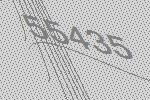
55435